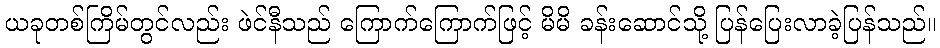
ယခုတစ်ကြိမ်တွင်လည်း ဖဲင်နီသည် ကြောက်ကြောက်ဖြင့် မိမိ ခန်းဆောင်သို့ ပြန်ပြေးလာခဲ့ပြန်သည်။